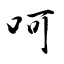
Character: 呵